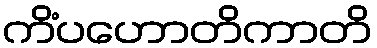
ကိံပဟောတိကာတိ